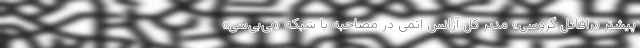
پیشتر «رافائل گروسی» مدیر کل آژانس اتمی در مصاحبه با شبکه «بی‌بی‌سی»